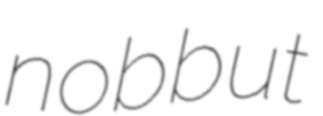
nobbut